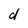
Character: d